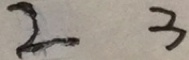
2 3